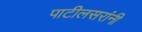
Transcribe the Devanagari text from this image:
पाटीलसरांनी